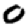
Digit: 0